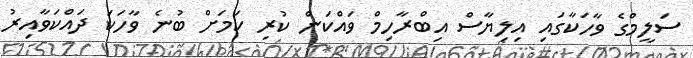
ސަލީމްގެ ވާހަކާގައި އިލިޔާސް އިބްރާހިމް ވައްކަން ކުރި ކަމަށް ބުނެ ވާހަކަ ދައްކަވާއިރު